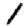
Digit: 1